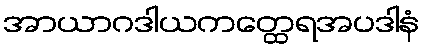
အာယာဂဒါယကတ္ထေရအပဒါနံ